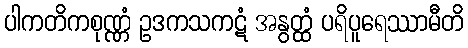
ပါကတိကစုဏ္ဏံ ဥဒကသကဋံ အနွတ္ထံ ပရိပူရေဿာမီတိ